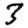
Digit: 3